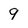
Character: 9